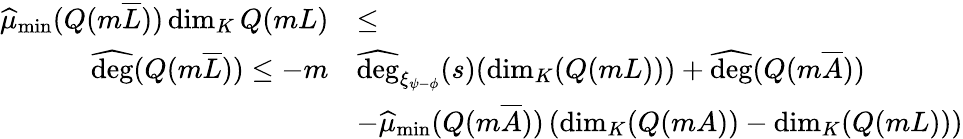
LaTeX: \begin{array}{rl}{\widehat{\mu}_{\operatorname*{min}}(Q(m\overline{L}))\dim_{K}Q(mL)}&{\leq}\\ {\widehat{\mathrm{deg}}(Q(m\overline{L}))\leq-m}&{\widehat{\mathrm{deg}}_{\xi_{\psi-\phi}}(s)(\dim_{K}(Q(mL)))+\widehat{\mathrm{deg}}(Q(m\overline{A}))}\\ &{-\widehat{\mu}_{\operatorname*{min}}(Q(m\overline{A}))\left(\dim_{K}(Q(mA))-\dim_{K}(Q(mL))\right)}\end{array}